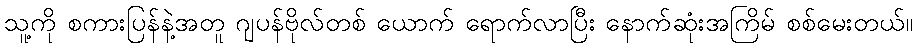
သူ့ကို စကားပြန်နဲ့အတူ ဂျပန်ဗိုလ်တစ် ယောက် ရောက်လာပြီး နောက်ဆုံးအကြိမ် စစ်မေးတယ်။